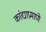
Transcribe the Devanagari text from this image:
कांद्याप्रमाणे